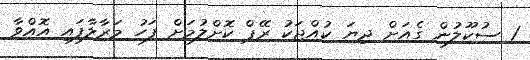
1 ސުކޫލުން ގެއަށް ދިޔަ ކުއްޖަކު ރޭޕް ކޮށްލުމަށް ފަހު މަރާލާފައި އޮއްވާ